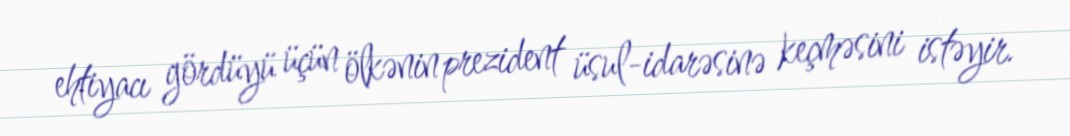
ehtiyacı gördüyü üçün ölkənin prezident üsul-idarəsinə keçməsini istəyir.